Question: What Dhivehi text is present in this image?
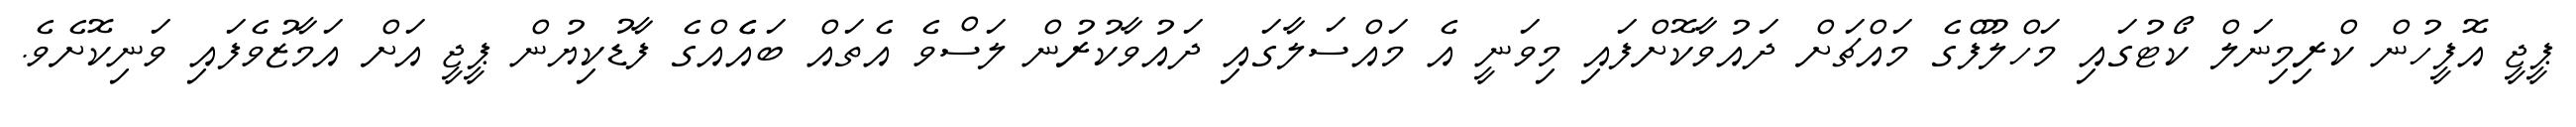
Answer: ޕީޖީ އޮފީހުން ކްރިމިނަލް ކޯޓުގައި މަހްލޫފްގެ މައްޗަށް ދައުވާކޮށްފައި މިވަނީ އެ މައްސަލާގައި ދައުވާކުރުން ލަސްވެ އެތައް ބައެެއްގެ ފާޑުކިޔުން ޕީޖީ އަށް އަމާޒުވެފައި ވަނިކޮށެވެ.